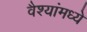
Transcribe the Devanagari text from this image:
वैश्यांमध्ये